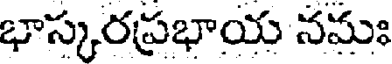
భాస్కరప్రభాయ నమః